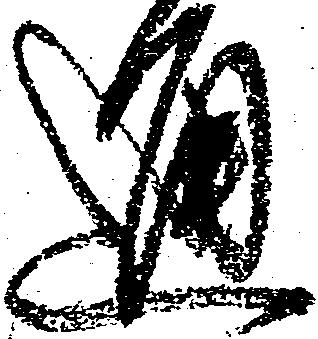
通